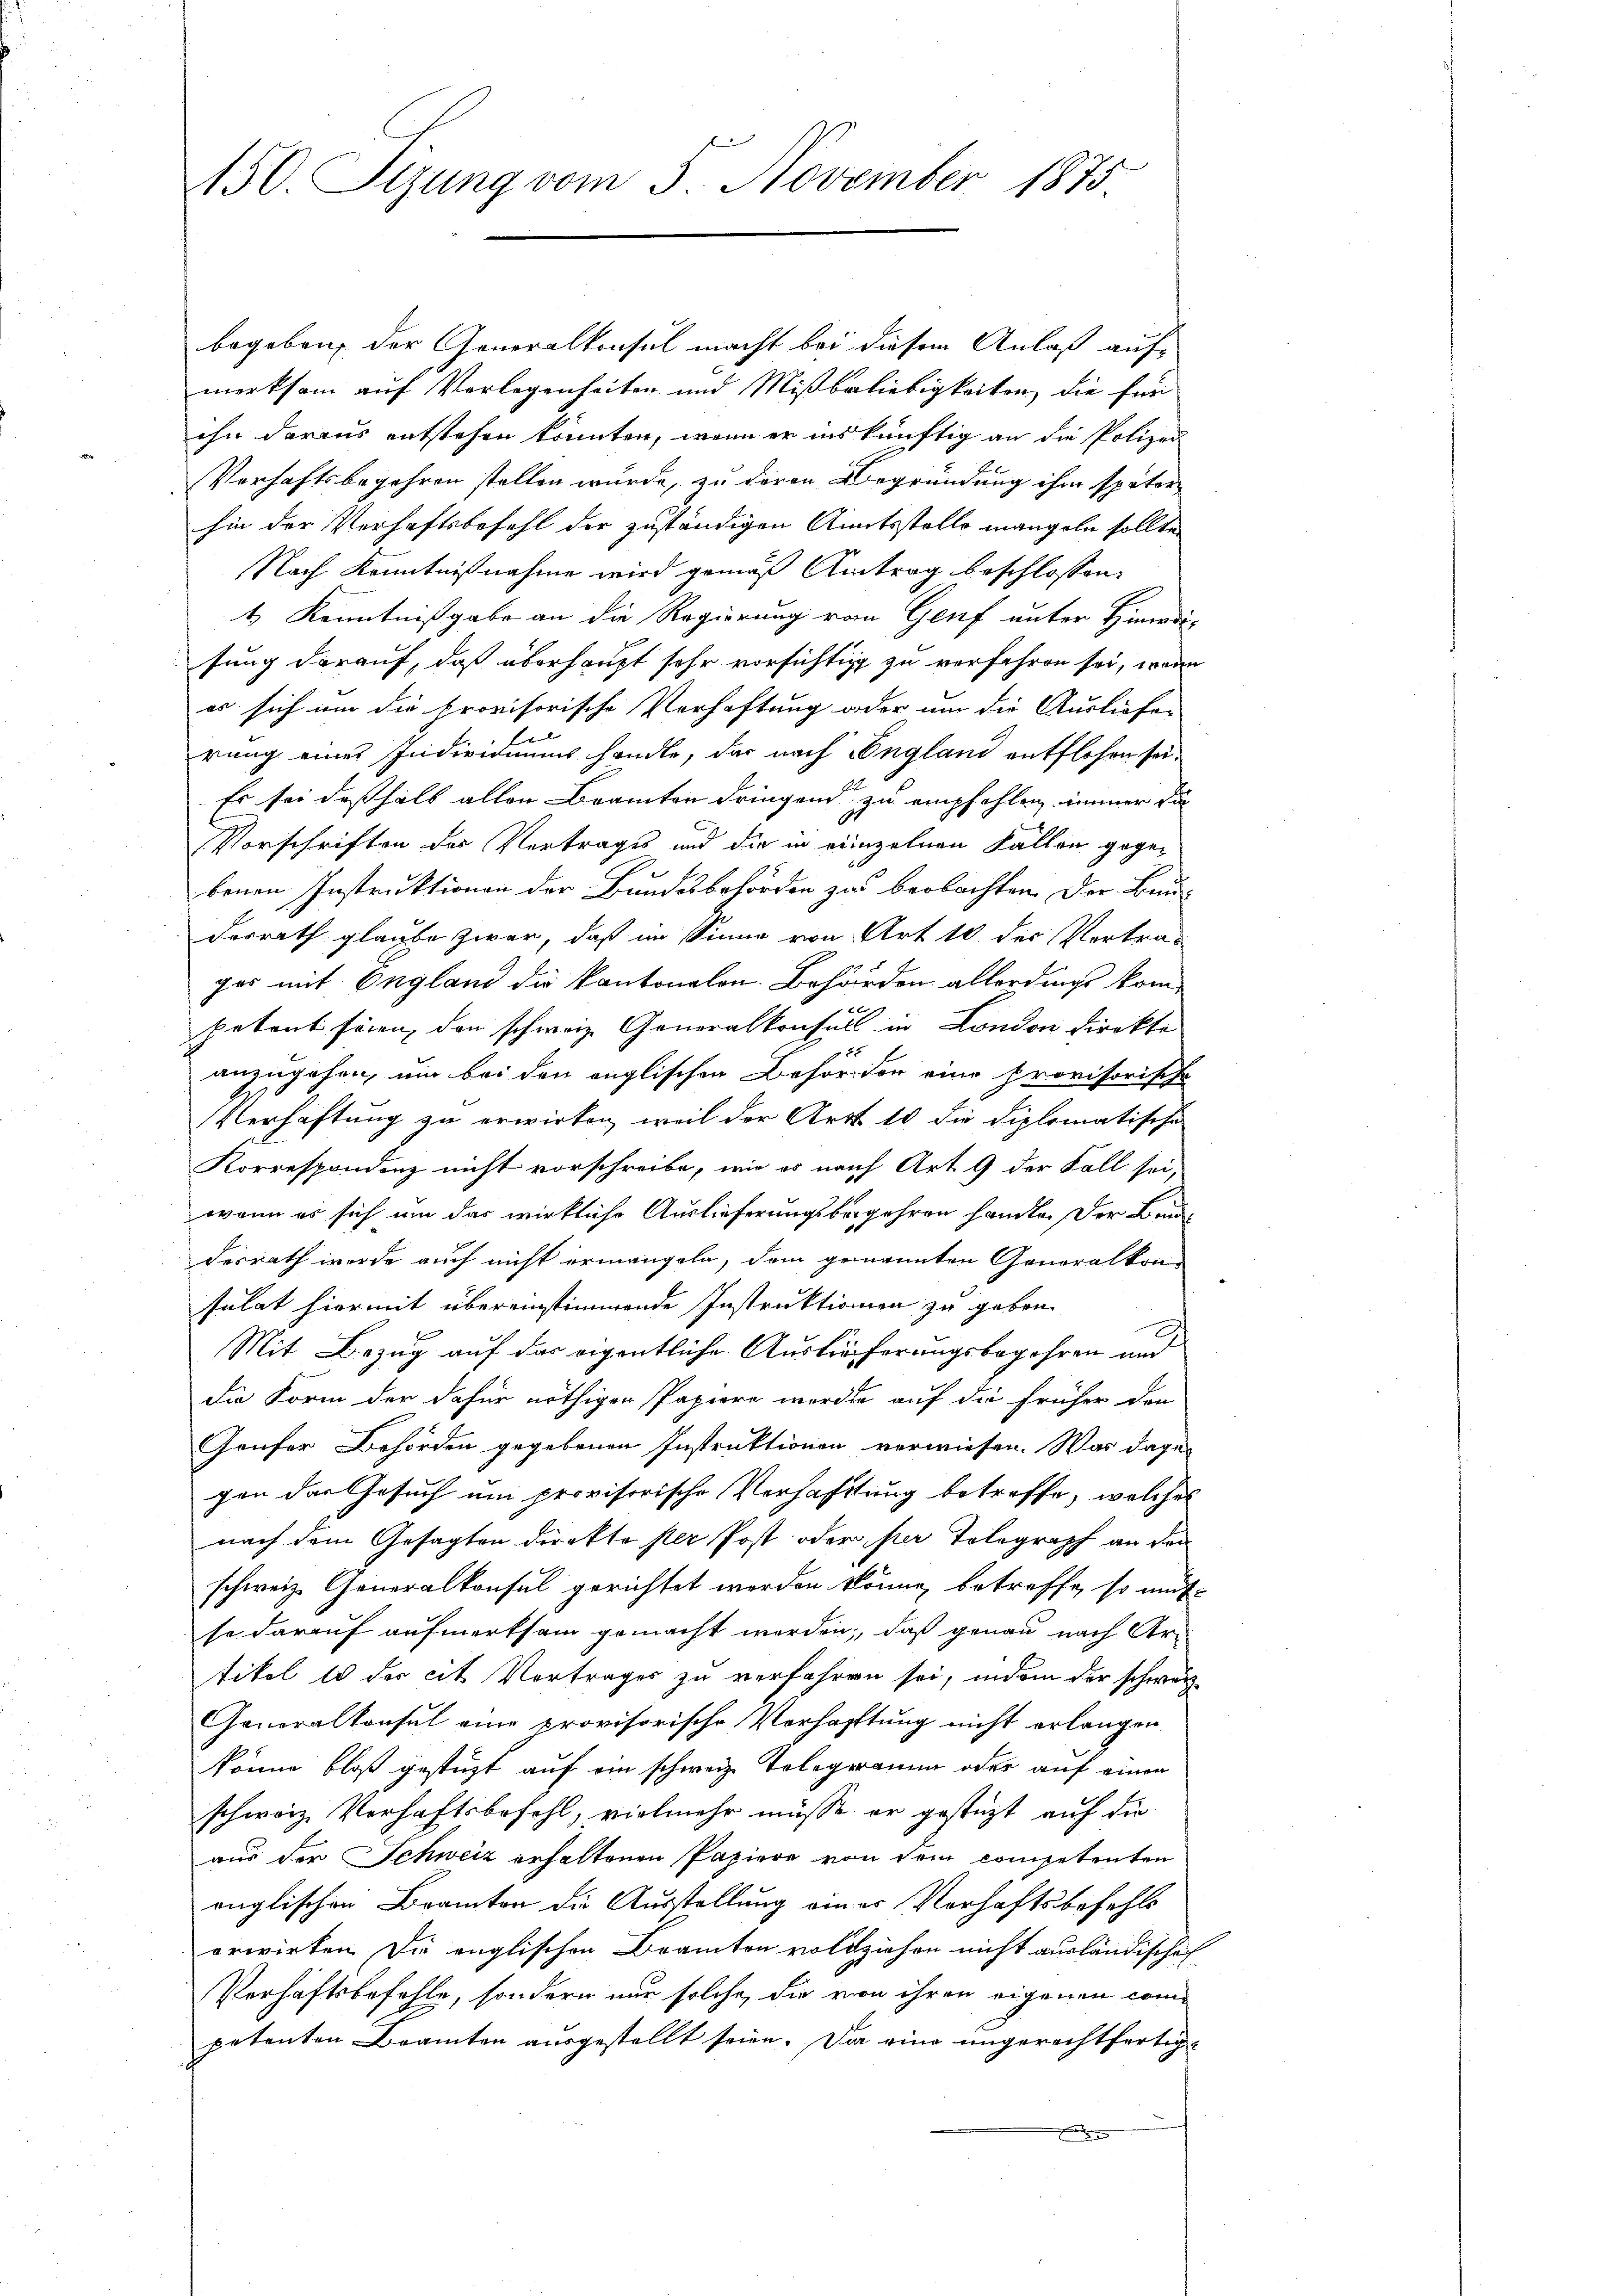
150. Sizung vom 5. November 1875.

begeben, der Generalkonsul macht bei diesem Anlaß auf-
merksam auf Vorlegenheiten und Mißbeliebigkeiten, die für
ihn daraus entstehen könnten, wenn er ins künftig an die Polizei
Vorhaftsbegehren stellen wurde, zu deren Begründung ihm später
hin der Verhaftsbefehl der zuständigen Amtsstelle mangeln sollte
Nach Kenntnißnahme wird gemäß Antrag beschlossen:
4 Kenntnißgabe an die Regierung von Genf unter Hinrdi-
sung darauf, daß überhaupt sehr vorsichtig zu verfahren sei, wenn
es sich um die provisorische Verhaftung oder um die Ausliefer
rung eines Individuums handle, das nach England entflohen sei.
Es sei deßhalb allen Brämter dringend zu empfehlen, immer die
Vorschriften des Vertrages und die in reinzelnen Fallen gegebenen Instruktionen der Bundesbehörden zu beobachten der Bau¬
Dorrath glaube zwar, daß im Sinne von Art 10 des Vertra-
gos mit England die kantonalen. Behörden allerdings kompetent seien, den schweiz. Generalkonsuls in London direkte
anzugehen, um bei den englischen Behörden eine provisorische
Verhaftung zu erwirken, weil der Art 10. die diplomatische
Korrespondenz nicht vorschreibe, wie es nach Art. 9 der Fall sei,
wenn es sich um das wirkliche Auslieferungsbegehren handle. Der Baudesrath werde auch nicht ermangeln, dem genannten Generalkonsulat hiermit übereinstimmende Instruktionen zu geben.
Mit Bezug auf das eigentliche Auslieferungsbegehren und
die Form der dafür nöthigen Papiere werde auf die früher den
Gaufer Behörden gegebenen Instruktionen verwiesen. Was dagegen der Gesuch um provisorische Verhaftung betreffe, welches
nach dem Gesagten direkto per Post oder per Telegraph an den
schweiz. Generalkonsul gerichtet werden könne, betroffe, so mut
so darauf aufmerksam gemacht werden, daß genau nach Artikel 10 der cit. Vertrages zu verfahren sei, indem der schweiz
Generalkonsul eine provisorische Verhaftung nicht erlangen
könne bloß gestüzt auf ein schweiz. Telegramm oder auf einen
schweiz. Verhaftsbefehl, vielmehr müsse er gestützt auf die
aus der Schweiz erhaltenen Papiere von dem competenten
onglischen Beamten die Ausstellung einer Verhaftsbefehls
erwirken. Die englischen Beamten vollziehen nicht ausländische
Verhaftsbefehle, sondern nur solche, die von ihren eigenen competenten Beamten ausgestellt seien. Da eine ungerechtfertig¬